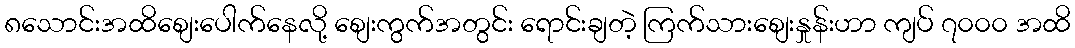
၈သောင်းအထိစျေးပေါက်နေလို့ စျေးကွက်အတွင်း ရောင်းချတဲ့ ကြက်သားစျေးနှုန်းဟာ ကျပ် ၇၀၀၀ အထိ